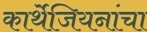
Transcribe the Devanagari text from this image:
कार्थेजियनांचा